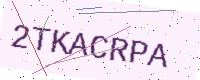
Text: 2TKACRPA